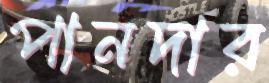
পানদার